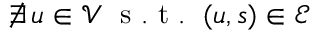
\nexists \, u \in \mathcal { V } \; \mathrm { ~ s ~ . ~ t ~ . ~ } \; ( u , s ) \in \mathcal { E }